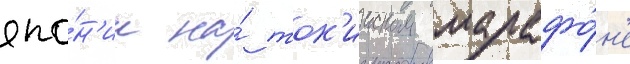
япо́н'ии на́ ток'ииском марафо́н'е